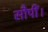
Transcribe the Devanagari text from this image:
सौपीं।